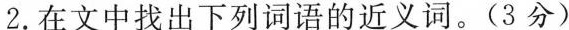
2.在文中找出下列词语的近义词。(3分)